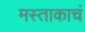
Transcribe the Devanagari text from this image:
मस्ताकाचं